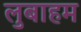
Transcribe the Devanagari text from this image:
लुबाहम